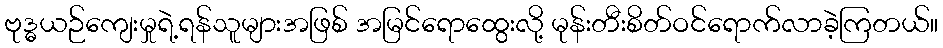
ဗုဒ္ဓယဉ်ကျေးမှုရဲ့ရန်သူများအဖြစ် အမြင်ရောထွေးလို့ မုန်းတီးစိတ်ဝင်ရောက်လာခဲ့ကြတယ်။